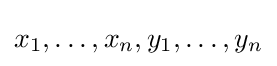
{\textstyle x_{1},\dots ,x_{n},y_{1},\dots ,y_{n}}